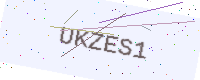
Text: UKZES1